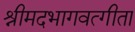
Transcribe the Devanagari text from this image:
श्रीमदभागवत्गीता